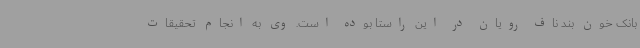
بانک خون بند ناف رویان در این راستا بوده است. وی به انجام تحقیقات